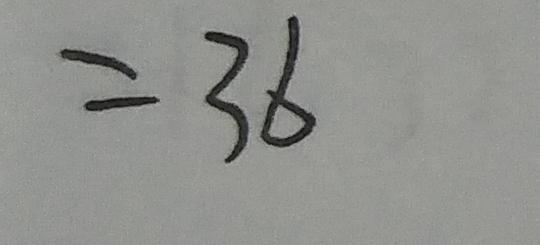
= 3 6